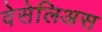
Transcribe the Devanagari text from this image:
वेसेलिअस